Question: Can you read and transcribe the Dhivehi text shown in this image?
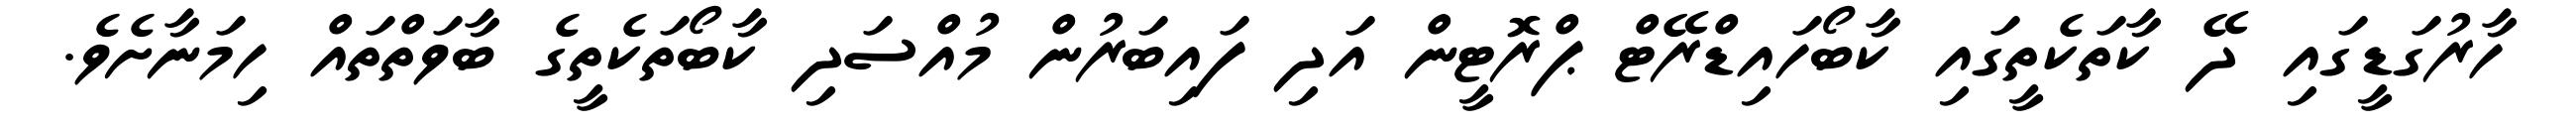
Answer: ހާރުގަޑީގައި ދޭ ކާތަކެތީގައި ކާބޯހައިޑްރޭޓް ޕްރޮޓީން އަދި ފައިބަރުން މުއްސަދި ކާބޯތަކެތީގެ ބާވަތްތައް ހިމަނާށެވެ.